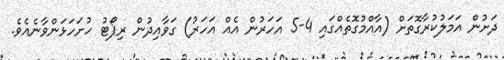
ދަށުން އަމަލުކުރާގޮތަށް (އާއްމުގޮތެއްގައި 4-5 އަހަރުން އެއް އަހަރު) ގަވާއިދުން ރިޕޯޓު ހުށަހަޅަންވާނެއެވެ.